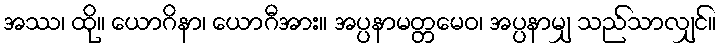
အဿ၊ ထို။ ယောဂိနာ၊ ယောဂီအား။ အပ္ပနာမတ္တမေဝ၊ အပ္ပနာမျှ သည်သာလျှင်။